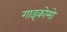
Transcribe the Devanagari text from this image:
गाइकोमो